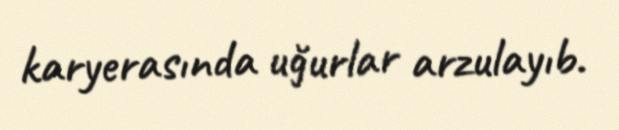
karyerasında uğurlar arzulayıb.